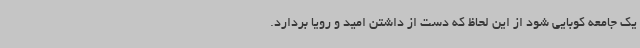
یک جامعه کوبایی شود از این لحاظ که دست از داشتن امید و رویا بردارد.